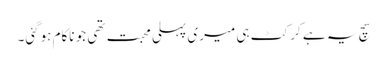
سچ یہ ہے کرکٹ ہی میری پہلی محبت تھی جو ناکام ہوگئی۔